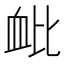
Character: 𫋪